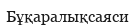
Бұқаралықсаяси